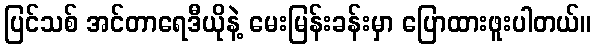
ပြင်သစ် အင်တာရေဒီယိုနဲ့ မေးမြန်းခန်းမှာ ပြောထားဖူးပါတယ်။